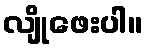
လျိုဖေးပါ။